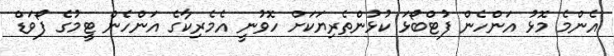
އެންމެ މޮޅު އަންހެން ފުޓްބޯޅަ ކުޅުންތެރިޔަކަށް ހޮވުނީ އެމެރިކާގެ އަންހެން ޓީމުގެ ފޯވަޑް